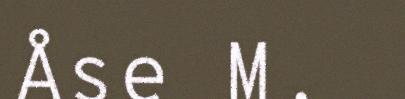
Åse M.